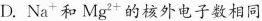
D. Na^{+}和Mg^{2+}的核外电子数相同